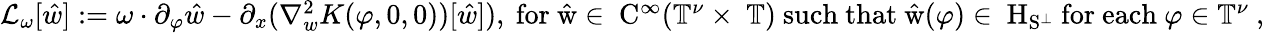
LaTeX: \begin{array}{r}{\mathcal{L}_{\omega}[\hat{w}]:=\omega\cdot\partial_{\varphi}\hat{w}-\partial_{x}(\nabla_{w}^{2}K(\varphi,0,0))[\hat{w}]),\mathrm{~for~\hat{w}\in~C^\infty(\mathbb{T}^\nu\times~\mathbb{T})~such~that~\hat{w}(\varphi)\in~H_{S^\perp}~for~each~\varphi\in\mathbb{T}^\nu~,}}\end{array}